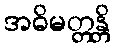
အဓိမတ္တန္တိ